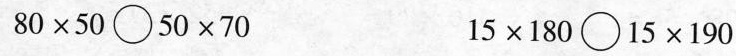
$$8 0 \times \circ 5 0 \times 7 0$$ $$1 5 \times 1 8 0 \circ 1 5 \times 1 9 0$$